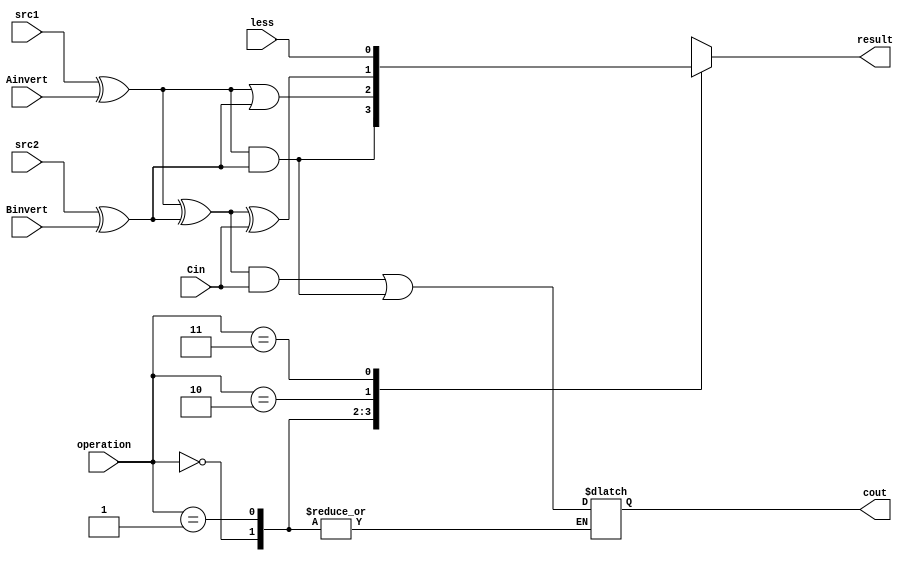
/***************************************************
Student Name: 
Student ID: 0716026
***************************************************/
`timescale 1ns/1ps

module ALU_1bit(
	input				src1,       //1 bit source 1  (input)
	input				src2,       //1 bit source 2  (input)
	input 				Ainvert,    //1 bit A_invert  (input)
	input				Binvert,    //1 bit B_invert  (input)
	input 				Cin,        //1 bit carry in  (input)
	input 	    [2-1:0] operation,  //2 bit operation (input)
	input          less,
	output reg          result,     //1 bit result    (output)
	output reg          cout        //1 bit carry out (output)
	);

/* Write your code HERE */
xor g1(temp1, src1, Ainvert);
xor g2(temp2, src2, Binvert);

always@(*)begin
	case(operation)
		2'b00:
			result = (temp1 & temp2);
		2'b01:
			result = (temp1 | temp2);
		2'b10:begin
			result = temp1^temp2^Cin;
			cout = ((temp1^temp2)&Cin)|(temp1&temp2);
		end
		2'b11:begin
			result = less;
			cout = ((temp1^temp2)&Cin)|(temp1&temp2);
		end
	endcase
end

endmodule